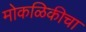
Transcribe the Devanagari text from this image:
मोकळिकीचा